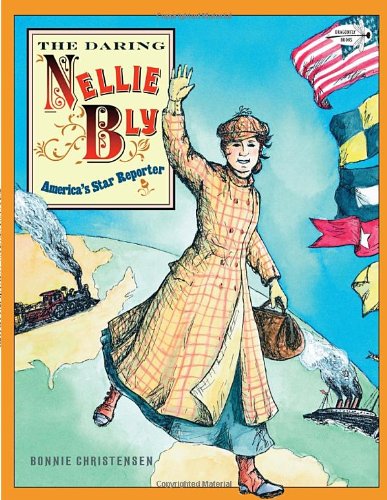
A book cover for The Daring Nellie Bly: America's Star Reporter; Bonnie Christensen; Children's Books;